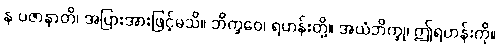
န ပဇာနာတိ၊ အပြားအားဖြင့်မသိ။ ဘိက္ခဝေ၊ ရဟန်းတို့။ အယံဘိက္ခု၊ ဤရဟန်းကို။